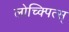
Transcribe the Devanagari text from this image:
लोच्क्पित्स्